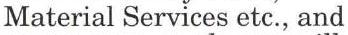
Material Services etc., and